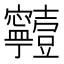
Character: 𡬗